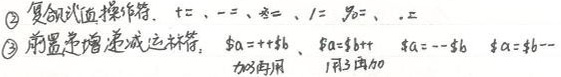
\textcircled{2} 复合赋值运算符，$+=、-=、*=、/=、\%=、.=$

\textcircled{3} 前置递增递减运算符，$\$a = ++\$b$，$\$a=\$b++$，$\$a = --\$b$，$\$a=\$b--$，“加1再用”“用了再加1”